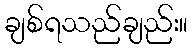
ချစ်ရသည်ချည်း။